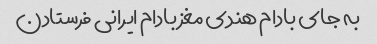
به جای بادام هندی مغز بادام ایرانی فرستادن